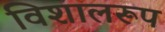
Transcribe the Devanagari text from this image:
विशालरूप